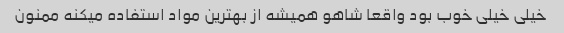
خیلی خیلی خوب بود واقعا شاهو همیشه از بهترین مواد استفاده میکنه ممنون